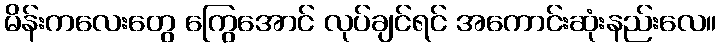
မိန်းကလေးတွေ ကြွေအောင် လုပ်ချင်ရင် အကောင်းဆုံးနည်းလေ။